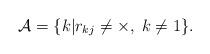
LaTeX: \begin{align*}\mathcal{A}=\{k|r_{kj}\neq \times,\; k\neq 1\}.\end{align*}